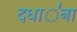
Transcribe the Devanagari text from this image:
दधा॑ना